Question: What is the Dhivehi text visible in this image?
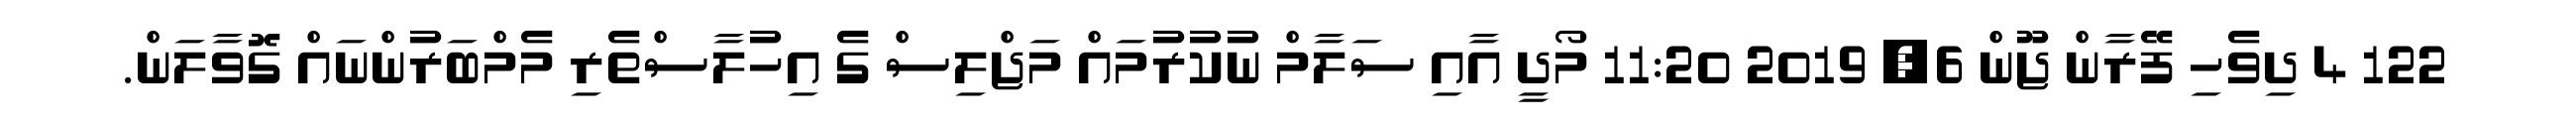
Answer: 122 4 ދިވެހި ފޭރާން ޖޫން 6, 2019 11:20 މޯދީ އާއި ސަލާމް ނުކުރުމައް މަޖްލިސް ގެ އިހުލާސްތެރި މެމްބަރުންނައް ގޮވާލަން.